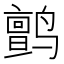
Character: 鹯